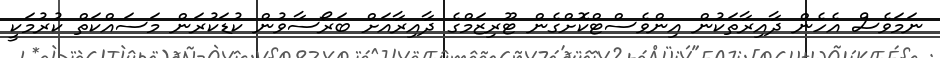
ނަމަވެސް އެހެން ދާއިރާތަކުން އިންވެސްޓްކޮށްގެން ޓޫރިޒަމްގެ ދާއިރާއަށް ބަރޯސާވުން ކުޑަކުރަން މަސައްކަތް ކުރުމަކީ